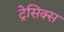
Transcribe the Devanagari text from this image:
ट्रेसिक्स